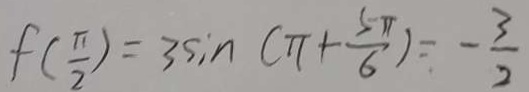
f ( \frac { \pi } { 2 } ) = 3 \sin ( \pi + \frac { 5 \pi } { 6 } ) = - \frac { 3 } { 2 }